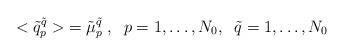
LaTeX: \begin{align*}<\tilde{q}^{\tilde{q}}_p> \; = \tilde{\mu}^{\tilde q}_p\;, \;\;p= 1, \dots, N_0, \;\; \tilde{q}=1, \dots, N_0\end{align*}